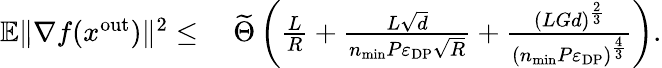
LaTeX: \begin{array}{rl}{\mathbb{E}\| \nabla f(x^{\mathrm{out}})\| ^{2}\leq}&{\ \widetilde\Theta\left(\frac{L}{R}+\frac{L\sqrt{d}}{n_{\mathrm{min}}P\varepsilon_{\mathrm{DP}}\sqrt{R}}+\frac{(LGd)^{\frac{2}{3}}}{(n_{\mathrm{min}}P\varepsilon_{\mathrm{DP}})^{\frac{4}{3}}}\right).}\end{array}